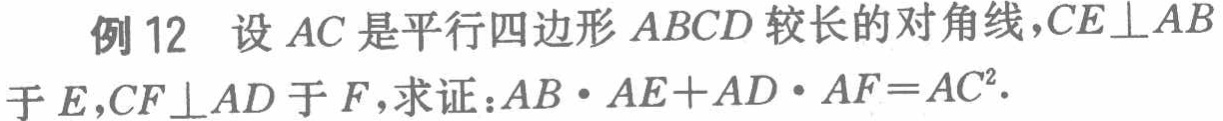
例12 设\(AC\)是平行四边形\(ABCD\)较长的对角线，\(CE\perp AB\)于\(E\)，\(CF\perp AD\)于\(F\)，求证：\(AB\cdot AE + AD\cdot AF = AC^{2}\)。